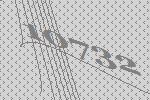
10732